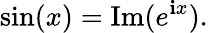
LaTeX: \sin(x)=\operatorname{Im}(e^{\mathbf{i}x}).